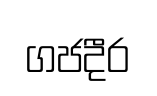
ගජදීර